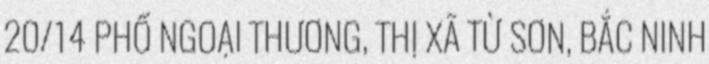
20/14 PHỐ NGOẠI THƯƠNG, THỊ XÃ TỪ SƠN, BẮC NINH